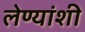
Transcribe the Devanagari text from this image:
लेण्यांशी